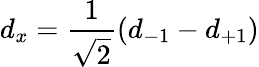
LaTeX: d_{x}=\frac{1}{\sqrt{2}}(d_{-1}-d_{+1})